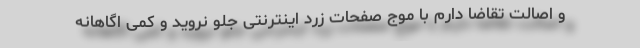
و اصالت تقاضا دارم با موج صفحات زرد اینترنتی جلو نروید و کمی اگاهانه